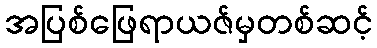
အပြစ်ဖြေရာယဇ်မှတစ်ဆင့်